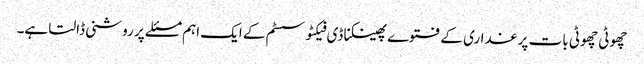
چھوٹی چھوٹی بات پر غداری کے فتوے پھینکنا ڈی فیکٹو سسٹم کے ایک اہم مسئلے پر روشنی ڈالتا ہے۔